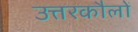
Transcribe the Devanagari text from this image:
उत्तरकौलों